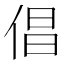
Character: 倡